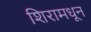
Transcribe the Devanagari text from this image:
शिरामधून